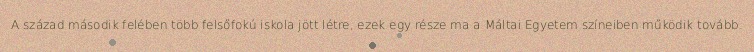
A század második felében több felsőfokú iskola jött létre, ezek egy része ma a Máltai Egyetem színeiben működik tovább.